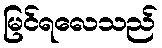
မြင်ရလေသည်